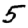
Digit: 5